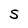
Character: S